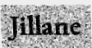
Jillane